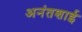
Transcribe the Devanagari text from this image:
अनंतशाई